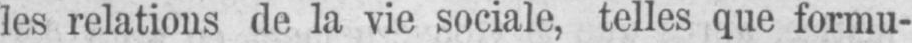
les relations de la vie sociale, telles que formu-